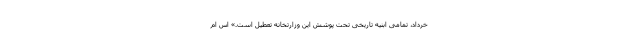
خرداد، تمامی ابنیه تاریخی تحت پوشش این وزارتخانه تعطیل است.» اس ام